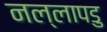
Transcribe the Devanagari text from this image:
नल्‍लापडु